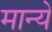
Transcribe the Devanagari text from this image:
मान्ये